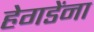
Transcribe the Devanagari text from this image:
हेगडेंना